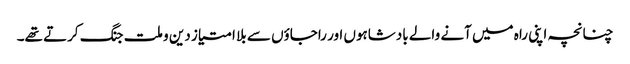
چنانچہ اپنی راہ میں آنے والے بادشاہوں اور راجاؤں سے بلا امتیاز دین و ملت جنگ کرتے تھے۔